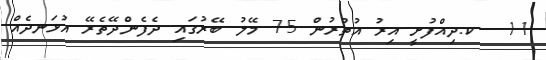
11  ކ.ދިއްފުށީ އިރު އުތުރުން 75 މޭލު ބޭރުގައި ދެފެންދޭތެރޭ އުޅަނދެއް